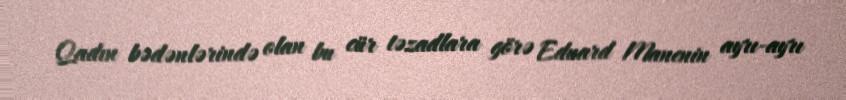
Qadın bədənlərində olan bu cür təzadlara görə Eduard Manenin ayrı-ayrı